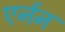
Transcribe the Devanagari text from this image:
एर्नन